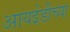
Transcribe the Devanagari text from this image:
आयईडीच्या